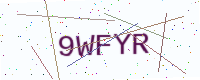
Text: 9WFYR